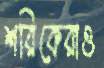
শরিকেরাও